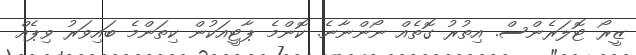
ޒީރޯ ޓޮލަރެންސް. އިތުރު ގޮތެއް ނޯންނާނެ. ކޮންމެ ޕާޓީއަކުން ކިތަންމެ ބައިވަރު ވިޕެއް